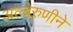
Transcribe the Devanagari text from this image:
अल्बेरुणीने